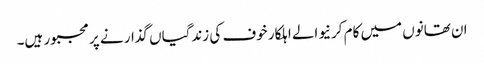
ان تھانوں میں کام کرنیوالے اہلکار خوف کی زندگیاں گذار نے پر مجبور ہیں۔